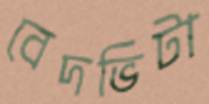
বেদভিটা